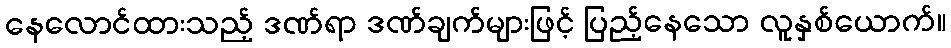
နေလောင်ထားသည့် ဒဏ်ရာ ဒဏ်ချက်များဖြင့် ပြည့်နေသော လူနှစ်ယောက်။